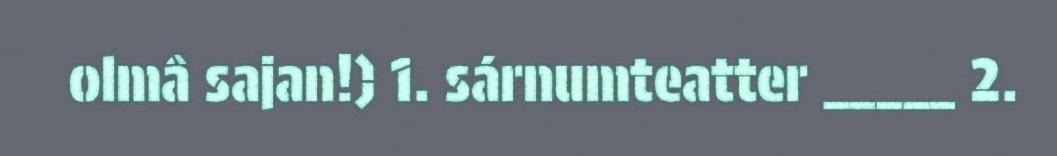
olmâ sajan!) 1. sárnumteatter _____ 2.